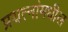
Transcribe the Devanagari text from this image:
प्रयत्‍नांमधील